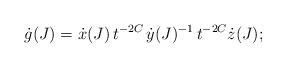
LaTeX: \begin{align*} \dot g(J) = \dot x(J) \, t^{-2C} \,\dot y(J)^{-1} \, t^{-2C} \dot z(J); \end{align*}